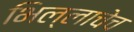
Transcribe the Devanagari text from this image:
भिल्लाचेच